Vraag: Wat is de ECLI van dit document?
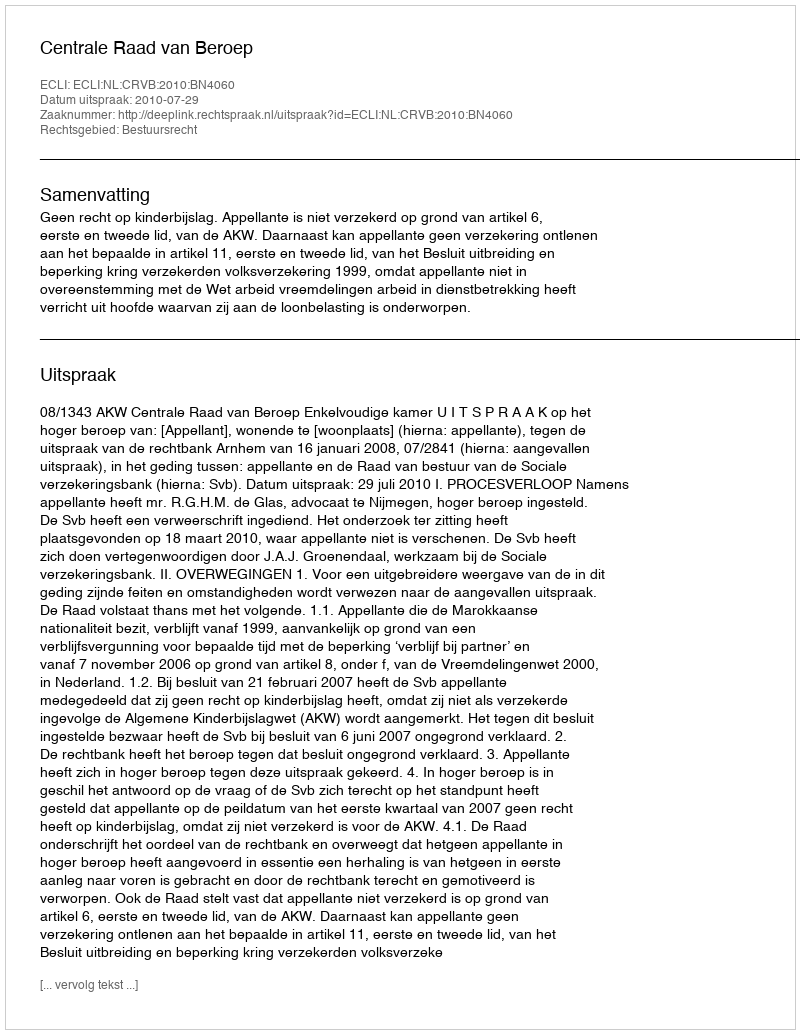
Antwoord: ECLI:NL:CRVB:2010:BN4060